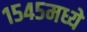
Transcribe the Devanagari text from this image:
१५४५मध्ये